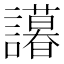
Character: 𬣒